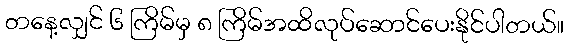
တနေ့လျှင် ၆ ကြိမ်မှ ၈ ကြိမ်အထိလုပ်ဆောင်ပေးနိုင်ပါတယ်။